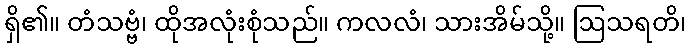
ရှိ၏။ တံသဗ္ဗံ၊ ထိုအလုံးစုံသည်။ ကလလံ၊ သားအိမ်သို့။ ဩသရတိ၊